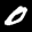
Label: 0